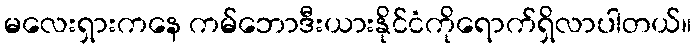
မလေးရှားကနေ ကမ်ဘောဒီးယားနိုင်ငံကိုရောက်ရှိလာပါတယ်။